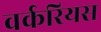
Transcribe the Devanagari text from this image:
वर्करियस